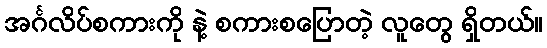
အင်္ဂလိပ်စကားကို နဲ့ စကားစပြောတဲ့ လူတွေ ရှိတယ်။